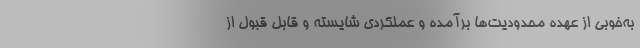
به‌خوبی از عهده محدودیت‌ها برآمده و عملکردی شایسته و قابل قبول از